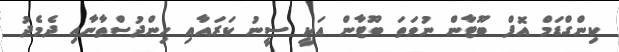
ކިންގްޑަމް އޮފް ބޫޓާން ނުވަތަ ބޫޓާން އަކީ ސީނު ކަރައާއި ހިންދުސްތާނާއި ދެމެދު